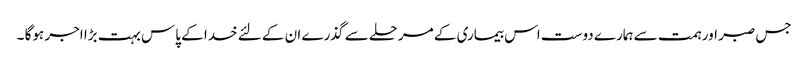
جس صبر اور ہمت سے ہمارے دوست اس بیماری کے مرحلے سے گذرے ان کے لئے خدا کے پاس بہت بڑا اجر ہوگا ۔